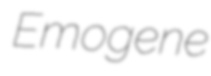
Emogene